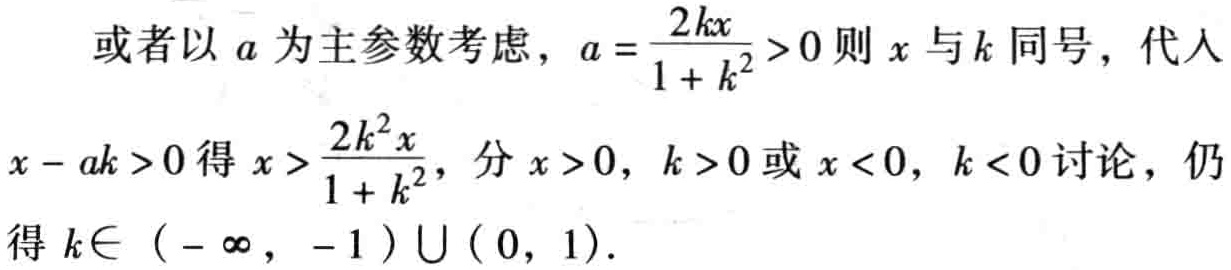
或者以 \(a\) 为主参数考虑，\(a = \frac{2kx}{1 + k^{2}}>0\) 则 \(x\) 与 \(k\) 同号，代入 \(x - ak>0\) 得 \(x > \frac{2k^{2}x}{1 + k^{2}}\)，分 \(x>0\)，\(k>0\) 或 \(x<0\)，\(k<0\) 讨论，仍得 \(k\in (-\infty, -1)\cup(0, 1)\)。